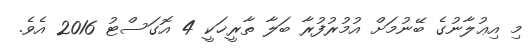
މި އިޢުލާނުގެ ބޭނުމަށް އުމުރުފުރާ ބަލާ ތާރީޚަކީ 4 އޮގަސްޓު 2016 އެވެ.